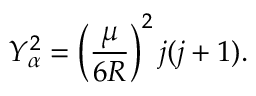
Y _ { \alpha } ^ { 2 } = \left( \frac { \mu } { 6 R } \right) ^ { 2 } j ( j + 1 ) .